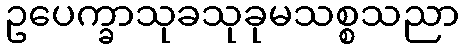
ဥပေက္ခာသုခသုခုမသစ္စသညာ